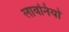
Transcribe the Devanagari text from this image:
लावनियों